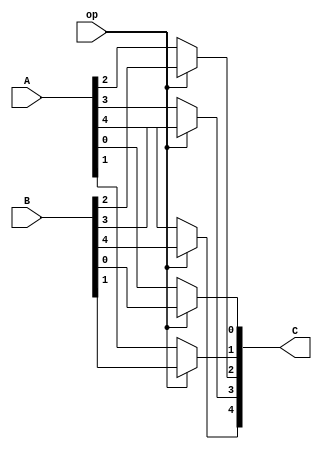
`timescale 1ns/1ps
module mux2to1b5(
	input wire [4:0]A,
	input wire [4:0]B,
	input wire op,
	output wire [4:0]C);
	
	assign C[0]=op?B[0]:A[0];
	assign C[1]=op?B[1]:A[1];
	assign C[2]=op?B[2]:A[2];
	assign C[3]=op?B[3]:A[3];
	assign C[4]=op?B[4]:A[4];
endmodule

module mux2to1b32(
	input wire [31:0]A,
	input wire [31:0]B,
	input wire op,
	output wire [31:0]C);
	
	assign C[0]=op?B[0]:A[0];
	assign C[1]=op?B[1]:A[1];
	assign C[2]=op?B[2]:A[2];
	assign C[3]=op?B[3]:A[3];
	assign C[4]=op?B[4]:A[4];
	assign C[5]=op?B[5]:A[5];
	assign C[6]=op?B[6]:A[6];
	assign C[7]=op?B[7]:A[7];
	
	assign C[8]=op?B[8]:A[8];
	assign C[9]=op?B[9]:A[9];
	assign C[10]=op?B[10]:A[10];
	assign C[11]=op?B[11]:A[11];
	assign C[12]=op?B[12]:A[12];
	assign C[13]=op?B[13]:A[13];
	assign C[14]=op?B[14]:A[14];
	assign C[15]=op?B[15]:A[15];
	
	assign C[16]=op?B[16]:A[16];
	assign C[17]=op?B[17]:A[17];
	assign C[18]=op?B[18]:A[18];
	assign C[19]=op?B[19]:A[19];
	assign C[20]=op?B[20]:A[20];
	assign C[21]=op?B[21]:A[21];
	assign C[22]=op?B[22]:A[22];
	assign C[23]=op?B[23]:A[23];
	
	assign C[24]=op?B[24]:A[24];
	assign C[25]=op?B[25]:A[25];
	assign C[26]=op?B[26]:A[26];
	assign C[27]=op?B[27]:A[27];
	assign C[28]=op?B[28]:A[28];
	assign C[29]=op?B[29]:A[29];
	assign C[30]=op?B[30]:A[30];
	assign C[31]=op?B[31]:A[31];
	
endmodule